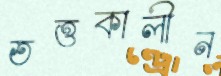
তত্তকালীন